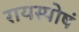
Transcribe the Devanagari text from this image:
रायस्पोषं